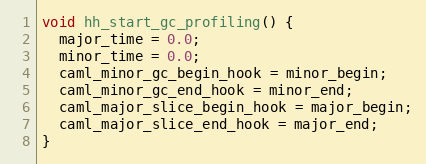
Language: C
void hh_start_gc_profiling() {
  major_time = 0.0;
  minor_time = 0.0;
  caml_minor_gc_begin_hook = minor_begin;
  caml_minor_gc_end_hook = minor_end;
  caml_major_slice_begin_hook = major_begin;
  caml_major_slice_end_hook = major_end;
}